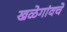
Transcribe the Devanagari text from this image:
खळेगांवचे